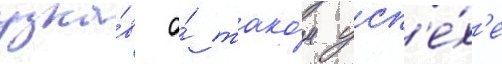
узна́в о́ тако́м усп'е́х'е